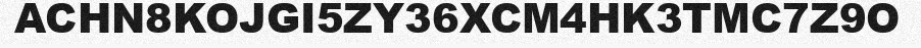
ACHN8KOJGI5ZY36XCM4HK3TMC7Z9O